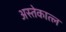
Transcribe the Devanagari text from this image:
अस्तेकात्ल